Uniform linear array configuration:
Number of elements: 8
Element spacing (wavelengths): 1
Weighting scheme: binomial
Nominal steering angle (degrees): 60
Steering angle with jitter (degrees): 61.063
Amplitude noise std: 0.05
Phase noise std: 0.05

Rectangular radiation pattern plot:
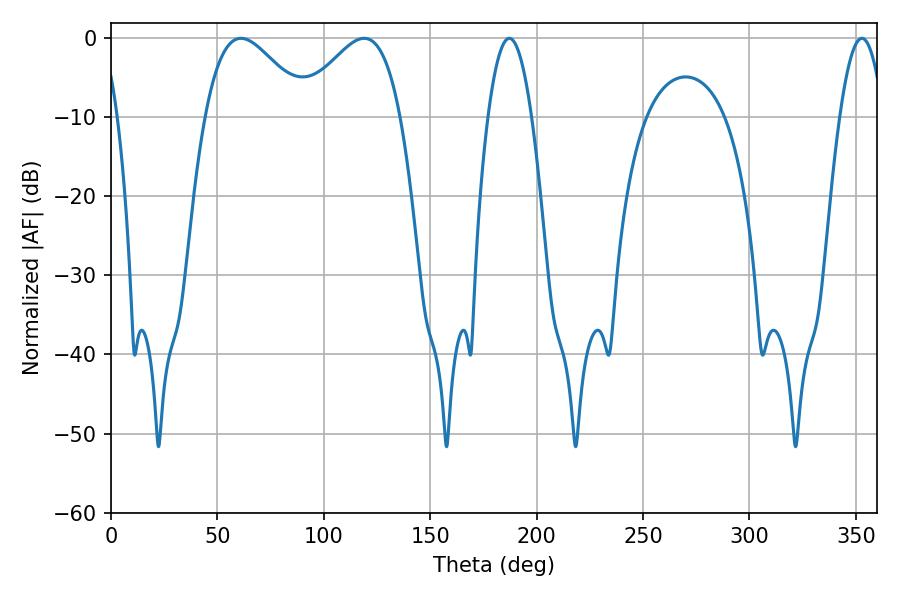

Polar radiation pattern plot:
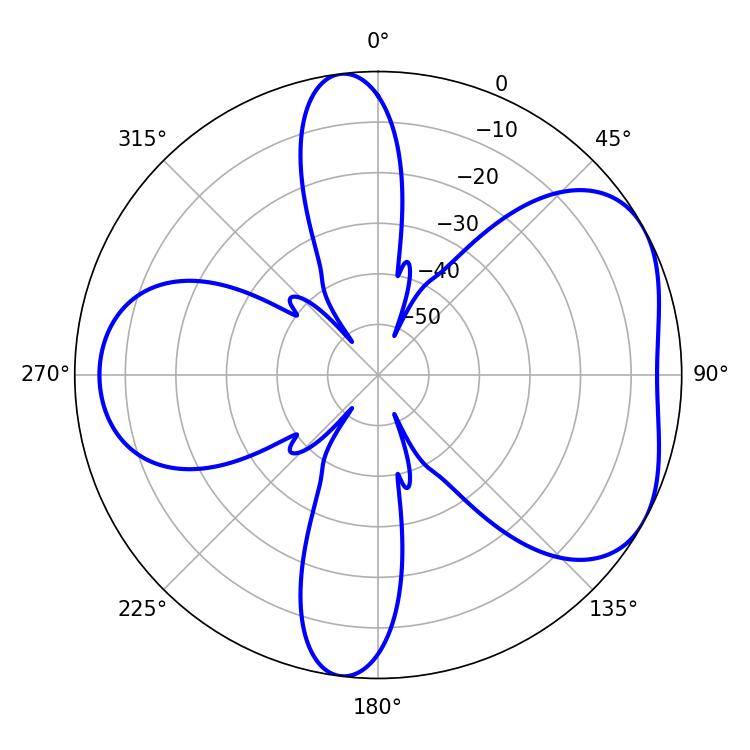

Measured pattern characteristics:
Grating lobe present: TRUE
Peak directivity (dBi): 4.896
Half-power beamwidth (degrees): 25.74
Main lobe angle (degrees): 61.02